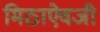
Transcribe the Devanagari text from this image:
मिठाऐवजी